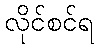
လိုင်စင်ရ